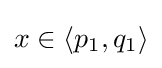
{\textstyle x\in \langle p_{1},q_{1}\rangle }